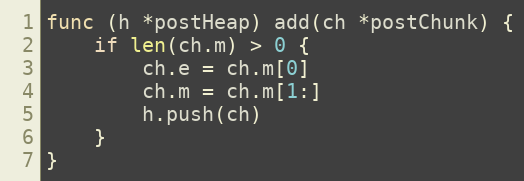
Language: Go
func (h *postHeap) add(ch *postChunk) {
	if len(ch.m) > 0 {
		ch.e = ch.m[0]
		ch.m = ch.m[1:]
		h.push(ch)
	}
}